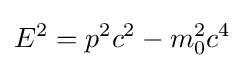
E^{2}=p^{2}c^{2}-m_{0}^{2}c^{4}